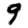
Digit: 9